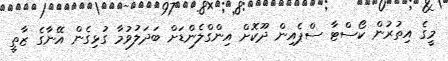
މީގެ އިތުރުން ކޯސްޓާ ސްޕެއިން ދޫކޮށް އިންގްލެންޑަށް ބަދަލުވުމާ ގުޅިގެން އޭނާގެ ޒާތީ